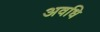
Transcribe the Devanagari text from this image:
अवधि